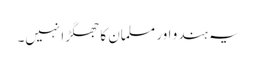
یہ ہندو اور مسلمان کا جھگڑا نہیں۔